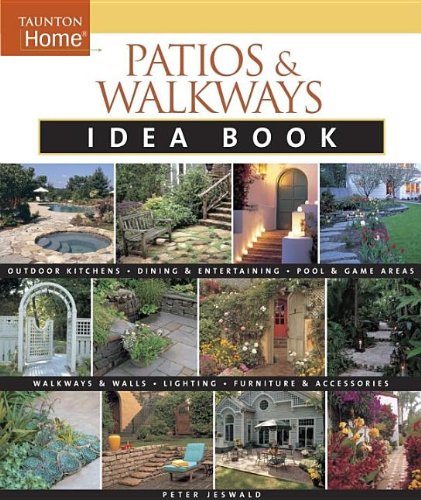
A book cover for Patios & Walkways Idea Book (Taunton Home Idea Books); Peter Jeswald; Crafts, Hobbies & Home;